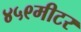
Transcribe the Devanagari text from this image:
४५९मीटर